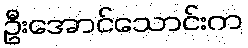
ဦးအောင်သောင်းက